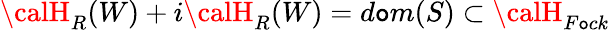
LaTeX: {\calH}_{R}(W)+i{\calH}_{R}(W)=d\mathtt{o}m(S)\subset{\calH}_{F\mathtt{o}ck}